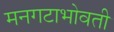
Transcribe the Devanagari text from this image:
मनगटाभोवती